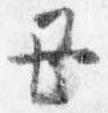
丑